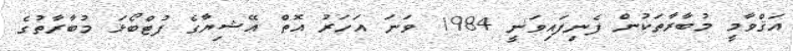
އަޤްވާމީ މުބާރާތަކުން ފެނިފައިވަނީ 1984 ވަނަ އަހަރު އޮތް އޭޝިޔާގެ ފުޓްބޯޅަ މުބާރާތުގެ